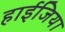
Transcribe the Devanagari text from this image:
हाईजिया